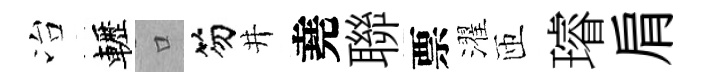
冶轣口笏井堯聯票濯匝璿肩